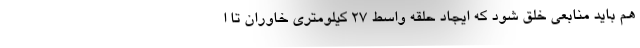
هم باید منابعی خلق شود که ایجاد حلقه واسط 27 کیلومتری خاوران تا ا